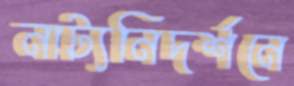
নাট্যনিদর্শনে